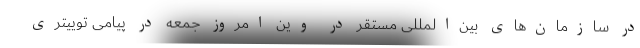
در سازمان‌های بین‌المللی مستقر در وین امروز جمعه در پیامی توییتری